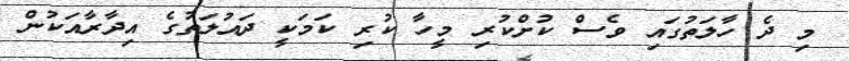
މި ދެ ހާލަތުގައި ވެސް ކުށްކުރި މީހާ ކުރި ކަމަކީ ދައުލަތުގެ އިދާރާއަކުން